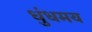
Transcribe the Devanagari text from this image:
धुंधमय